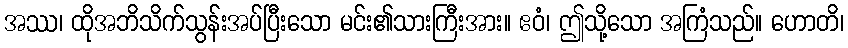
အဿ၊ ထိုအဘိသိက်သွန်းအပ်ပြီးသော မင်း၏သားကြီးအား။ ဧဝံ၊ ဤသို့သော အကြံသည်။ ဟောတိ၊